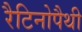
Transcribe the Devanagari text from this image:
रैटिनोपैथी